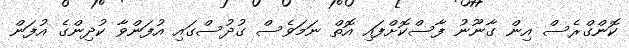
ކޮންގްރެސް އިން ގާނޫނު ފާސްކޮށްފައި އޮތް ނަމަވެސް ގުދުސްގައި އުފަންވާ ކުދިންގެ އުފަން